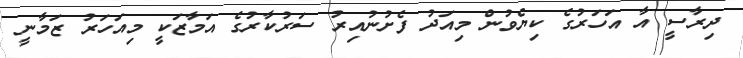
ދިރާސީ އާ އަހަރުގެ ކިޔެވުން މިއަދު ފެށުނުއިރު ސަރުކާރުގެ އަމާޒަކީ މިއަހަރު ޒަމާނީ